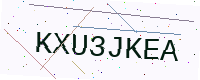
Text: KXU3JKEA